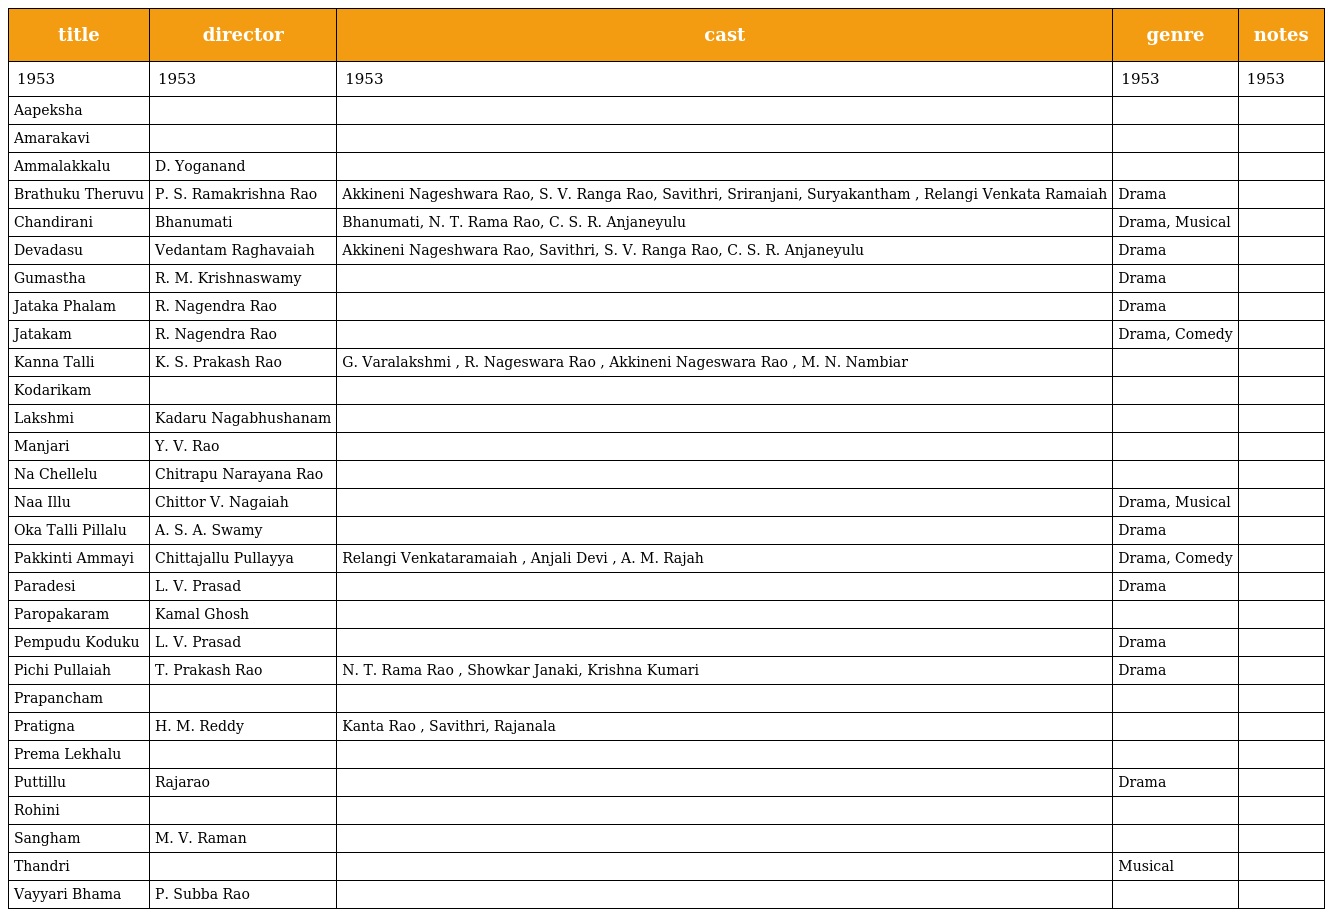
| title | director | cast | genre | notes |
 | --- | --- | --- | --- | --- |
 | 1953 | 1953 | 1953 | 1953 | 1953 |
 | Aapeksha |  |  |  |  |
 | Amarakavi |  |  |  |  |
 | Ammalakkalu | D. Yoganand |  |  |  |
 | Brathuku Theruvu | P. S. Ramakrishna Rao | Akkineni Nageshwara Rao, S. V. Ranga Rao, Savithri, Sriranjani, Suryakantham , Relangi Venkata Ramaiah | Drama |  |
 | Chandirani | Bhanumati | Bhanumati, N. T. Rama Rao, C. S. R. Anjaneyulu | Drama, Musical |  |
 | Devadasu | Vedantam Raghavaiah | Akkineni Nageshwara Rao, Savithri, S. V. Ranga Rao, C. S. R. Anjaneyulu | Drama |  |
 | Gumastha | R. M. Krishnaswamy |  | Drama |  |
 | Jataka Phalam | R. Nagendra Rao |  | Drama |  |
 | Jatakam | R. Nagendra Rao |  | Drama, Comedy |  |
 | Kanna Talli | K. S. Prakash Rao | G. Varalakshmi , R. Nageswara Rao , Akkineni Nageswara Rao , M. N. Nambiar |  |  |
 | Kodarikam |  |  |  |  |
 | Lakshmi | Kadaru Nagabhushanam |  |  |  |
 | Manjari | Y. V. Rao |  |  |  |
 | Na Chellelu | Chitrapu Narayana Rao |  |  |  |
 | Naa Illu | Chittor V. Nagaiah |  | Drama, Musical |  |
 | Oka Talli Pillalu | A. S. A. Swamy |  | Drama |  |
 | Pakkinti Ammayi | Chittajallu Pullayya | Relangi Venkataramaiah , Anjali Devi , A. M. Rajah | Drama, Comedy |  |
 | Paradesi | L. V. Prasad |  | Drama |  |
 | Paropakaram | Kamal Ghosh |  |  |  |
 | Pempudu Koduku | L. V. Prasad |  | Drama |  |
 | Pichi Pullaiah | T. Prakash Rao | N. T. Rama Rao , Showkar Janaki, Krishna Kumari | Drama |  |
 | Prapancham |  |  |  |  |
 | Pratigna | H. M. Reddy | Kanta Rao , Savithri, Rajanala |  |  |
 | Prema Lekhalu |  |  |  |  |
 | Puttillu | Rajarao |  | Drama |  |
 | Rohini |  |  |  |  |
 | Sangham | M. V. Raman |  |  |  |
 | Thandri |  |  | Musical |  |
 | Vayyari Bhama | P. Subba Rao |  |  |  |